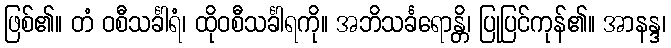
ဖြစ်၏။ တံ ဝစီသင်္ခါရံ၊ ထိုဝစီသင်္ခါရကို။ အဘိသင်္ခရောန္တိ၊ ပြုပြင်ကုန်၏။ အာနန္ဒ၊